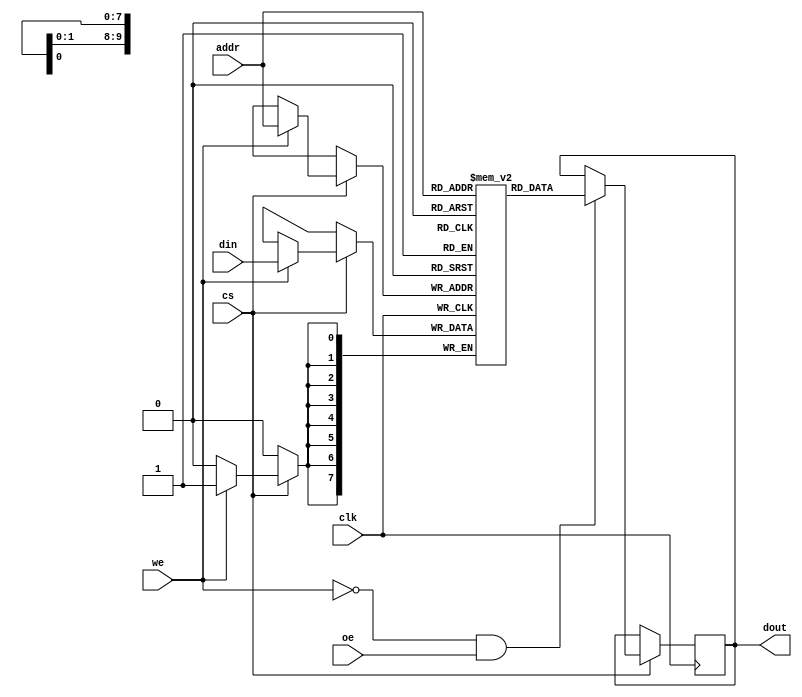
module eSRAM #(
    parameter ADDR_WIDTH = 10,  // Example: 10 bits for 1KB
    parameter DATA_WIDTH = 8     // Example: 8 bits data width
)(
    input clk,
    input cs,                  // Chip select
    input we,                  // Write enable
    input oe,                  // Output enable
    input [ADDR_WIDTH-1:0] addr, // Address input
    input [DATA_WIDTH-1:0] din,  // Data input
    output reg [DATA_WIDTH-1:0] dout // Data output
);

    // Memory array
    reg [DATA_WIDTH-1:0] memory [0:(1 << ADDR_WIDTH)-1];

    // Read and Write operations 
    always @(posedge clk) begin
        if (cs) begin
            if (we) begin
                // Write operation
                memory[addr] <= din;
            end
            if (!we && oe) begin
                // Read operation
                dout <= memory[addr];
            end
        end
    end

endmodule